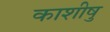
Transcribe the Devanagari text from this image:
काशीषु